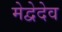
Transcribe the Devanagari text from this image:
मेद्वेदेव